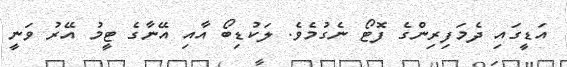
އަޑީގައި ދެމަފިރިންގެ ފޮޓޯ ނެގުމެވެ. ލަކުޑިބޯ އާއި އޭނާގެ ޓީމު އޭރު ވަނީ